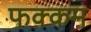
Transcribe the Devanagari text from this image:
फक्कम